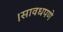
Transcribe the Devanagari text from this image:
।सावधपणे